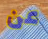
عن